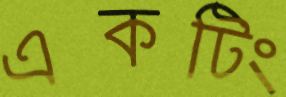
একটিং